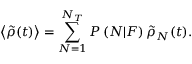
\left\langle \tilde { \rho } ( t ) \right\rangle = \sum _ { N = 1 } ^ { N _ { T } } P \left( N | F \right) \tilde { \rho } _ { N } ( t ) .